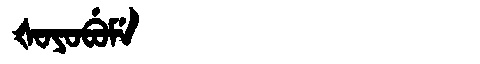
Manchu: ᡧᠣᠶᠣᠪᡠᠮᡝ
Romanization: ŠOYOBUME